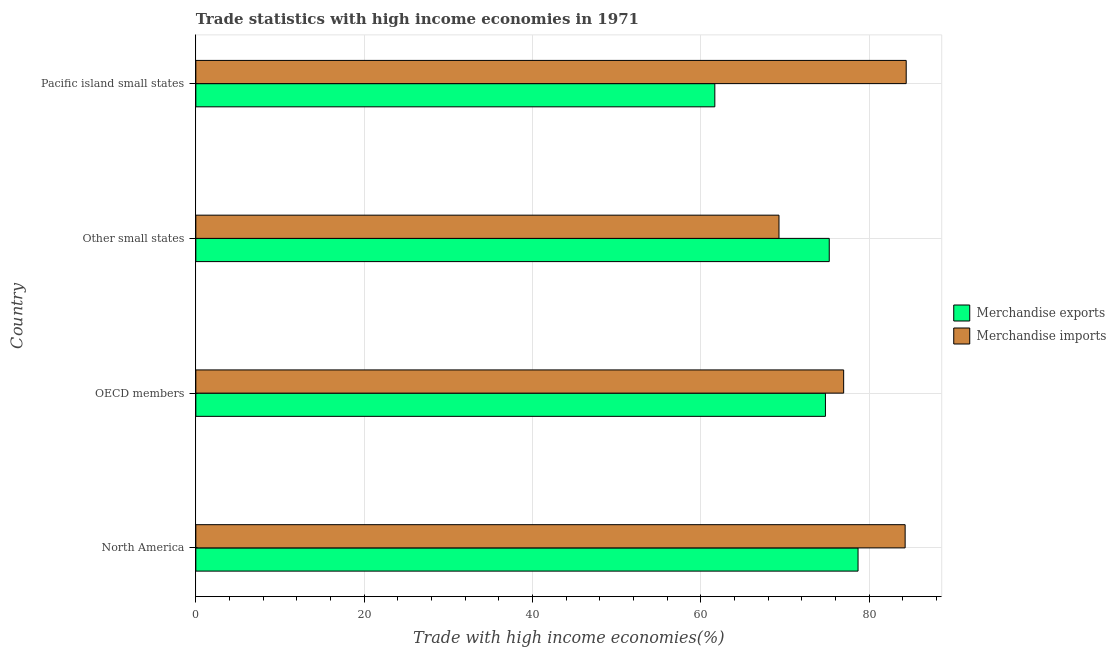
| Country | Merchandise exports | Merchandise imports |
 | --- | --- | --- |
 | North America | 78.7 | 84.3 |
 | OECD members | 74.8 | 77 |
 | Other small states | 75.3 | 69.3 |
 | Pacific island small states | 61.7 | 84.4 |